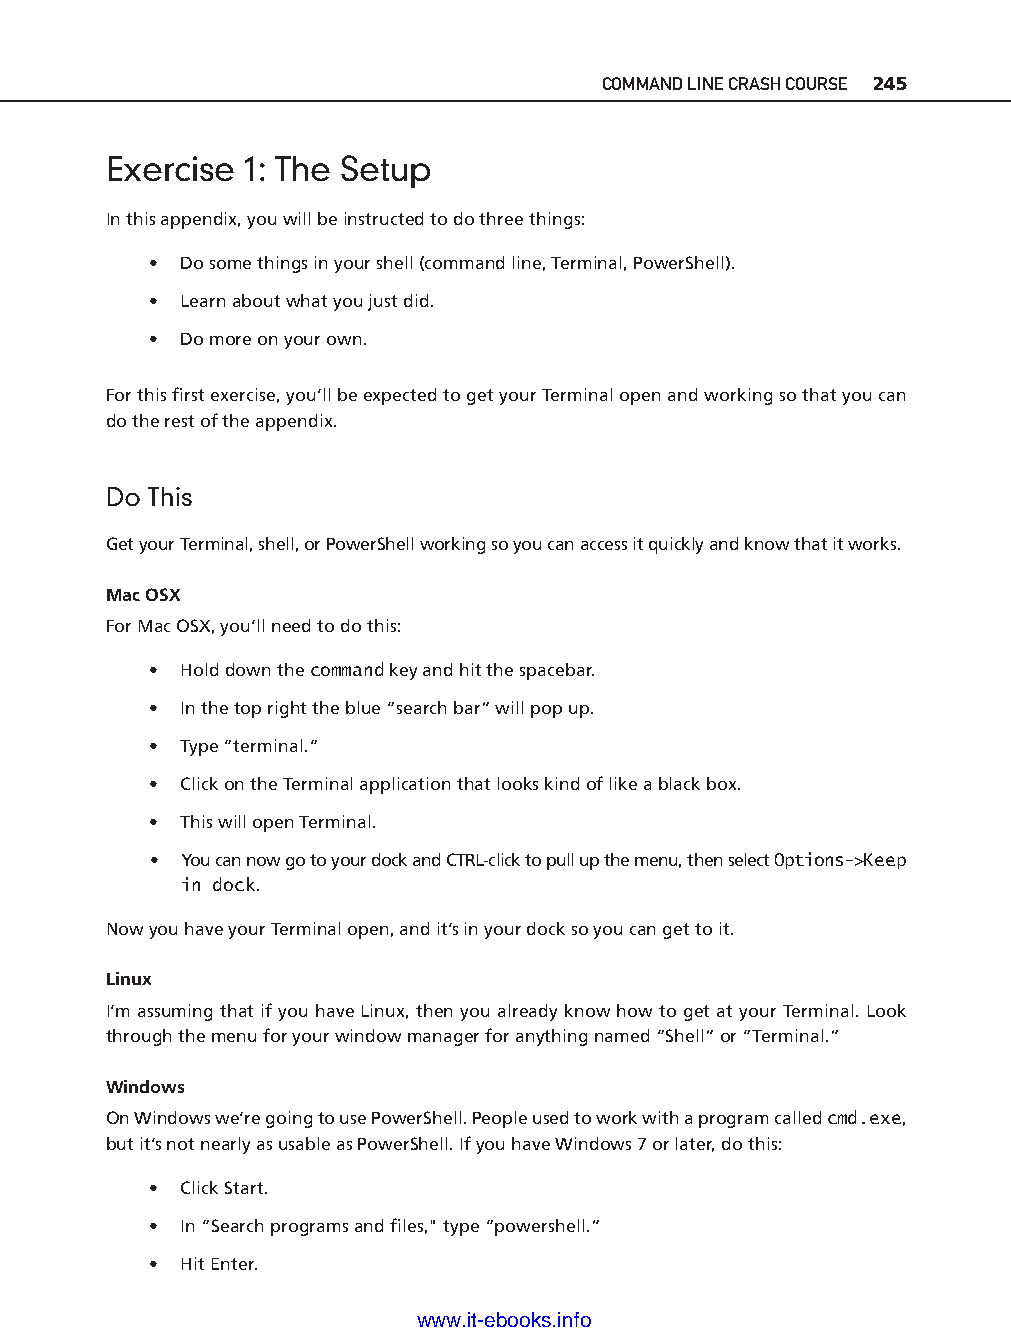
COMMAND LINE CRASH COURSE 245
 Exercise  1: The Setup
 In this appendix, you will be instructed to do three things:
 • Do some things in your shell (command line, Terminal, PowerShell).
 • Learn about what you just did.
 • Do more on your own.
 For this fi rst exercise, you’ll be expected to get your Terminal open and working so that you can
 do the rest of the appendix.
 Do This
 Get your Terminal, shell, or PowerShell working so you can access it quickly and know that it works.
 Mac OSX
 For Mac OSX, you’ll need to do this:
 • Hold down the command key and hit the spacebar.
 ptg11539604
 • In the top right the blue “search bar” will pop up.
 • Type “terminal.“
 • Click on the Terminal application that looks kind of like a black box.
 • This will open Terminal.
 • You can now go to your dock and CTRL-c lick to pull up the menu, then select Options-> Keep
 in dock.
 Now you have your Terminal open, and it’s in your dock so you can get to it.
 Linux
 I’m assuming that if you have Linux, then you already know how to get at your Terminal. Look
 through the menu for your window manager for anything named “Shell” or “Terminal.”
 Windows
 On Windows we’re going to use PowerShell. People used to work with a program called cmd.exe,
 but it’s not nearly as usable as PowerShell. If you have Windows 7 or later, do this:
 • Click Start.
 • In “Search programs and fi les," type “powershell.”
 • Hit Enter.
 www.it-ebooks.info